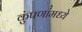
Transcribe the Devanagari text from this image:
कुंपणांमध्ये